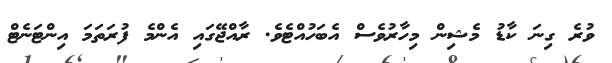
ވުރެ ގިނަ ކާޑު މެޝިން މިހާރުވެސް އެބަހުއްޓެވެ. ރާއްޖޭގައި އެންމެ ފުރަތަމަ އިންޓަނެޓް